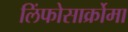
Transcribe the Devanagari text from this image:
लिंफोसार्क्रोमा